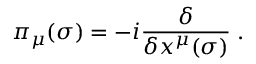
\pi _ { \mu } ( \sigma ) = - i \frac { \delta } { \delta x ^ { \mu } ( \sigma ) } \; .